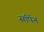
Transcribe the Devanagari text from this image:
सर्पिन